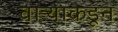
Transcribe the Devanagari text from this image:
वाऱ्याकडून